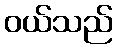
ဝယ်သည်